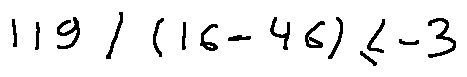
1 1 9 \div ( 1 6 - 4 6 ) \leq - 3